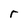
Character: r